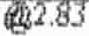
@2.83